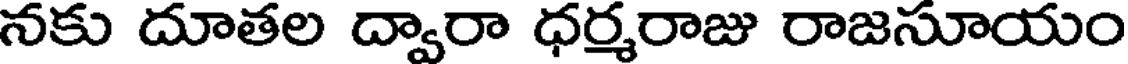
నకు దూతల ద్వారా ధర్మరాజు రాజసూయం